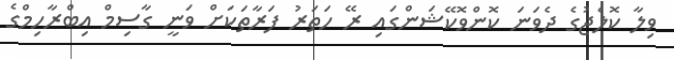
ވިލާ ކޮލެޖުގެ ދެވަނަ ކޮންވޮކޭޝަންގައި ރޭ ހަތަރު ފަރާތަކަށް ވަނީ ގާސިމް އިބްރާހިމްގެ